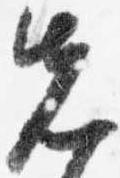
先